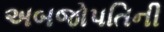
અબજોપતિની